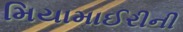
મિયામાઈરીની